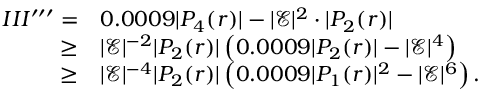
\begin{array} { r l } { I I I ^ { \prime \prime \prime } = } & { 0 . 0 0 0 9 | P _ { 4 } ( r ) | - | \mathcal { E } | ^ { 2 } \cdot | P _ { 2 } ( r ) | } \\ { \geq } & { | \mathcal { E } | ^ { - 2 } | P _ { 2 } ( r ) | \left( 0 . 0 0 0 9 | P _ { 2 } ( r ) | - | \mathcal { E } | ^ { 4 } \right) } \\ { \geq } & { | \mathcal { E } | ^ { - 4 } | P _ { 2 } ( r ) | \left( 0 . 0 0 0 9 | P _ { 1 } ( r ) | ^ { 2 } - | \mathcal { E } | ^ { 6 } \right) . } \end{array}